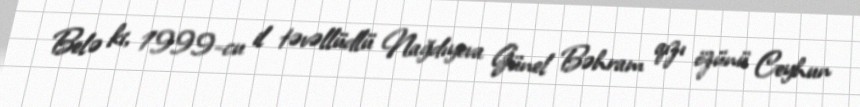
Belə ki, 1999-cu il təvəllüdlü Nağdıyeva Günel Bəhram qızı özünü Ceyhun